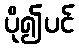
ပို၍ပင်